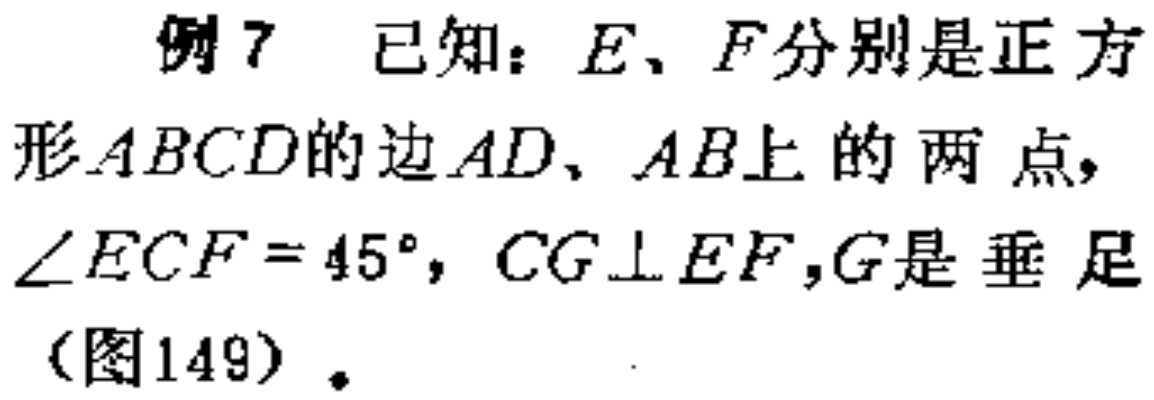
例 7 已知：$E、F$分别是正方形$ABCD$的边$AD、AB$上的两点，$\angle ECF = 45^{\circ}$，$CG\perp EF$，$G$是垂足（图149）。